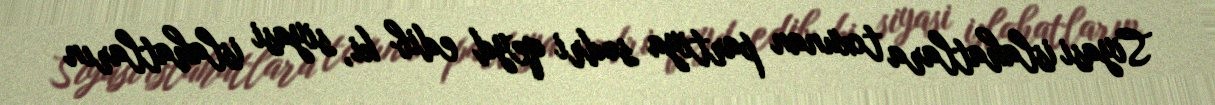
Siyasi islahatlara toxunan partiya sədri qeyd edib ki, siyasi islahatların